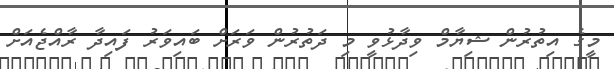
މީގެ އިތުރުން ޝިޔާމް ވިދާޅުވީ މި ދަތުރުން ވަރަށް ބައިވަރު ފައިދާ ރާއްޖެއަށް